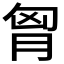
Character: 胷